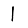
Digit: 1